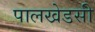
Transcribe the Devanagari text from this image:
पालखेडसी